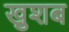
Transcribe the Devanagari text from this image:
खुशब